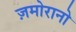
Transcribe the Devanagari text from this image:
ज़मोरानो